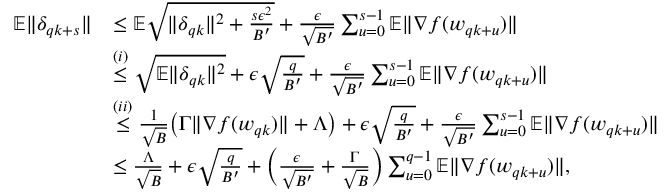
\begin{array} { r l } { \mathbb { E } \| \delta _ { q k + s } \| } & { \le \mathbb { E } \sqrt { \| \delta _ { q k } \| ^ { 2 } + \frac { s \epsilon ^ { 2 } } { B ^ { \prime } } } + \frac { \epsilon } { \sqrt { B ^ { \prime } } } \sum _ { u = 0 } ^ { s - 1 } \mathbb { E } \| \nabla f ( w _ { q k + u } ) \| } \\ & { \overset { ( i ) } { \le } \sqrt { \mathbb { E } \| \delta _ { q k } \| ^ { 2 } } + \epsilon \sqrt { \frac { q } { B ^ { \prime } } } + \frac { \epsilon } { \sqrt { B ^ { \prime } } } \sum _ { u = 0 } ^ { s - 1 } \mathbb { E } \| \nabla f ( w _ { q k + u } ) \| } \\ & { \overset { ( i i ) } { \le } \frac { 1 } { \sqrt { B } } \big ( \Gamma \| \nabla f ( w _ { q k } ) \| + \Lambda \big ) + \epsilon \sqrt { \frac { q } { B ^ { \prime } } } + \frac { \epsilon } { \sqrt { B ^ { \prime } } } \sum _ { u = 0 } ^ { s - 1 } \mathbb { E } \| \nabla f ( w _ { q k + u } ) \| } \\ & { \le \frac { \Lambda } { \sqrt { B } } + \epsilon \sqrt { \frac { q } { B ^ { \prime } } } + \Big ( \frac { \epsilon } { \sqrt { B ^ { \prime } } } + \frac { \Gamma } { \sqrt { B } } \Big ) \sum _ { u = 0 } ^ { q - 1 } \mathbb { E } \| \nabla f ( w _ { q k + u } ) \| , } \end{array}